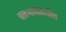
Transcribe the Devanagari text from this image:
चलथाणमधील